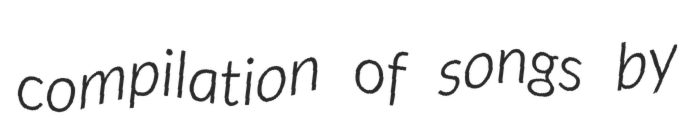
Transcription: compilation of songs by